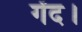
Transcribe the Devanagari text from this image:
गेंद।